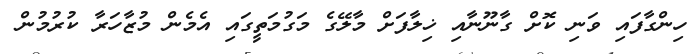
ހިންގާފައި ވަނި ކޮށް ގާނޫނާއި ޚިލާފަށް މާލޭގެ މަގުމަތީގައި އެމެން މުޒާހަރާ ކުރުމުން